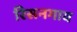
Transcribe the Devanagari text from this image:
रिसनगाव